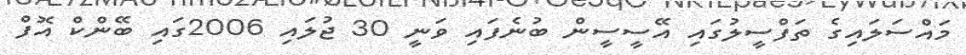
މައްސަލައިގެ ތަފްސީލުގައި އޭސީސީން ބުނެފައި ވަނީ 30 ޖުލައި 2006ގައި ބޭންކް އޮފް